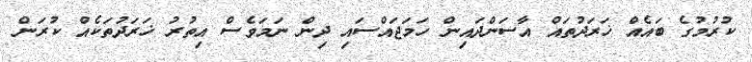
ކުރުމުގެ ބައެއް ޚަރަދުތައް އާސަންދައިން ހަމަޖައްސައި ދިން ނަމަވެސް އިތުރު ޚަރަދުތަކެއް ކުރަން